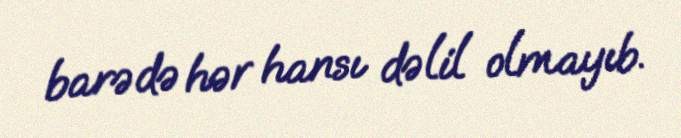
barədə hər hansı dəlil olmayıb.